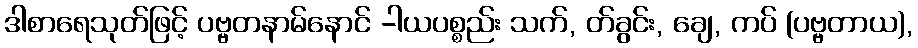
ဒါစာရေသုတ်ဖြင့် ပဗ္ဗတနာမ်နောင် -ါယပစ္စည်း သက်, တ်ခွင်း, ချေ, ကပ် (ပဗ္ဗတာယ),